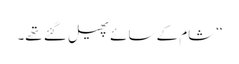
‘‘شام کے سائے پھیل گئے تھے۔